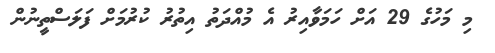
މި މަހުގެ 29 އަށް ހަމަވާއިރު އެ މުއްދަތު އިތުރު ކުރުމަށް ފަލަސްތީނުން